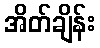
အိတ်ချိန်း